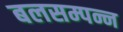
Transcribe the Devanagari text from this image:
बलसम्पन्न